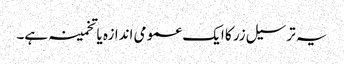
یہ ترسیل زر کا ایک عمومی اندازہ یا تخمینہ ہے۔